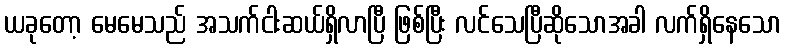
ယခုတော့ မေမေသည် အသက်ငါးဆယ်ရှိလာပြီ ဖြစ်ပြီး လင်သေပြီဆိုသောအခါ လက်ရှိနေသော